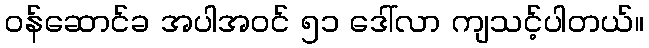
ဝန်ဆောင်ခ အပါအဝင် ၅၁ ဒေါ်လာ ကျသင့်ပါတယ်။